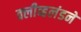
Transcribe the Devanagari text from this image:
क्लीव्हलंडने